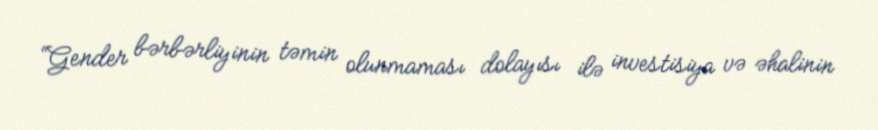
“Gender bərbərliyinin təmin olunmaması dolayısı ilə investisiya və əhalinin